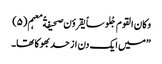
وکان القوم جُلوساً یقروٴن صحیفةً معہم(۵)
”میں ایک دن از حد بھوکا تھا۔